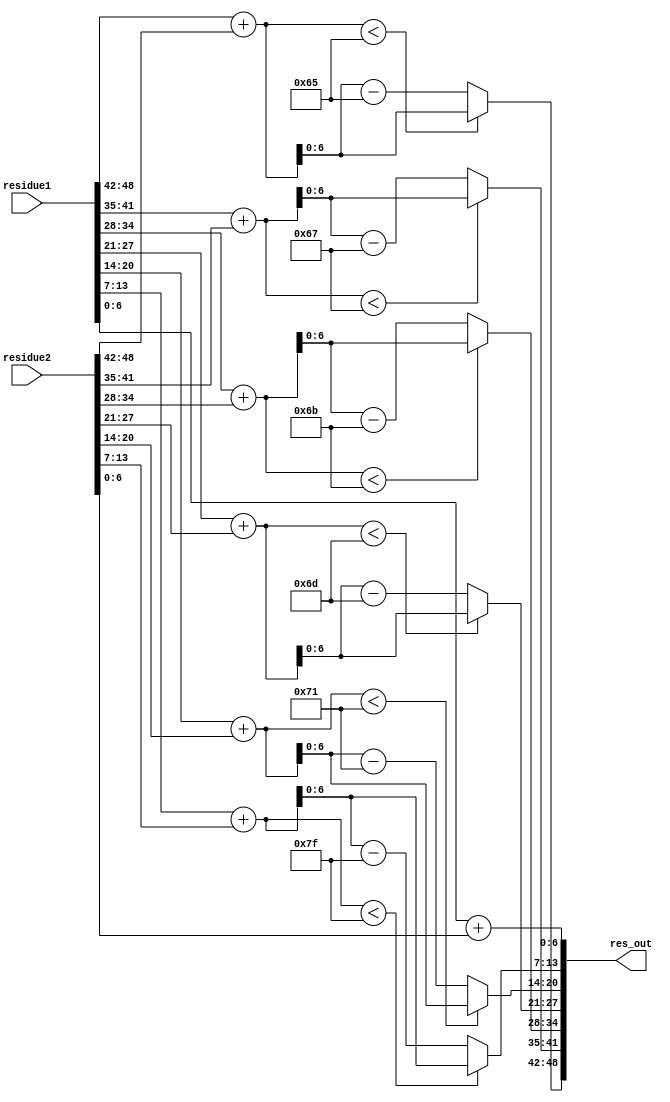
`timescale 1ns / 1ps
//////////////////////////////////////////////////////////////////////////////////
// Company: 
// Engineer: 
// 
// Design Name: 
// Module Name: residue_adder
// Project Name: 
// Target Devices: 
// Tool Versions: 
// Description: 
// 
// Dependencies: 
// 
// Revision:
// Revision 0.01 - File Created
// Additional Comments:
// 
//////////////////////////////////////////////////////////////////////////////////


module residue_adder(input [48:0] residue1, residue2, output [48:0] res_out);
wire [7:0] res101,res103,res107,res109,res113,res127;

//This module adds the residues corresponding to similar moduli together and then give the final result in RRNS domain
assign res101 = residue1[48:42] + residue2[48:42];
assign res103 = residue1[41:35] + residue2[41:35];
assign res107 = residue1[34:28] + residue2[34:28];
assign res109 = residue1[27:21] + residue2[27:21];
assign res113 = residue1[20:14] + residue2[20:14];
assign res127 = residue1[13:7] + residue2[13:7];

//After additon, it should also be ensured that the residue should be smaller than the magnitude of the moduli
assign res_out[48:42] = (res101<8'd101) ? res101[6:0] : (res101 - 8'd101);
assign res_out[41:35] = (res103<8'd103) ? res103[6:0] : (res103 - 8'd103);
assign res_out[34:28] = (res107<8'd107) ? res107[6:0] : (res107 - 8'd107);
assign res_out[27:21] = (res109<8'd109) ? res109[6:0] : (res109 - 8'd109);
assign res_out[20:14] = (res113<8'd113) ? res113[6:0] : (res113 - 8'd113);
assign res_out[13:7]  = (res127<8'd127) ? res127[6:0] : (res127 - 8'd127);
assign res_out[6:0]   = residue1[6:0] + residue2[6:0] ;
endmodule